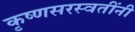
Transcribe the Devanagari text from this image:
कृष्णसरस्वतींनी